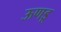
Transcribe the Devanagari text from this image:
ऊणडू